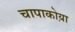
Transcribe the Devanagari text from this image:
चापाकोय़ा